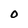
Character: O